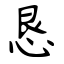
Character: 恳